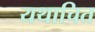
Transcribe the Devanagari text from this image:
यथाचित